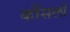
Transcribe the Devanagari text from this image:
कौंसलों